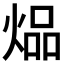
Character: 煰